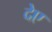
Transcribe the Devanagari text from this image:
देए